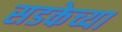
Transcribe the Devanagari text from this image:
सडकेच्या